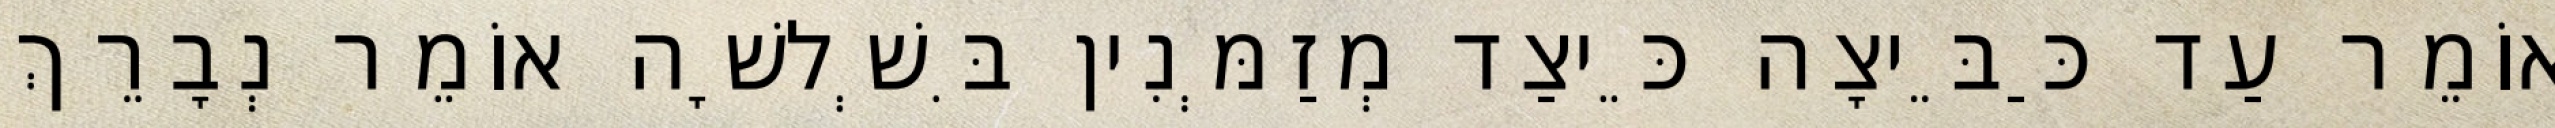
אוֹמֵר עַד כַּבֵּיצָה כֵּיצַד מְזַמְּנִין בִּשְׁלשָׁה אוֹמֵר נְבָרֵךְ